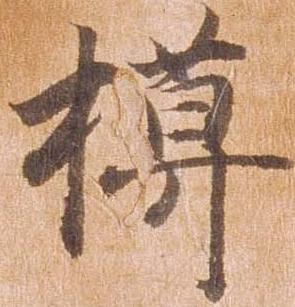
模